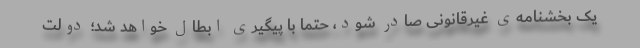
یک بخشنامه‌ی غیرقانونی صادر شود، حتماً با پیگیری ابطال خواهد شد؛ دولت